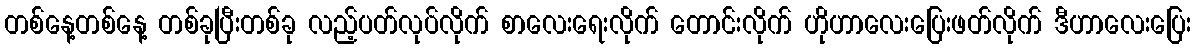
တစ်နေ့တစ်နေ့ တစ်ခုပြီးတစ်ခု လည့်ပတ်လုပ်လိုက် စာလေးရေးလိုက် တောင်းလိုက် ဟိုဟာလေးပြေးဖတ်လိုက် ဒီဟာလေးပြေး